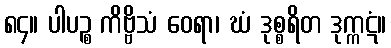
၈၄။ ပါပဉ္စ ကိဗ္ဗိသံ ဝေရာ၊ ဃံ ဒုစ္စရိတ ဒုက္ကဋံ။